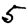
Digit: 5